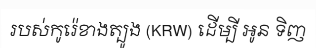
របស់កូរ៉េខាងត្បូង (KRW) ដើម្បី អូន ទិញ